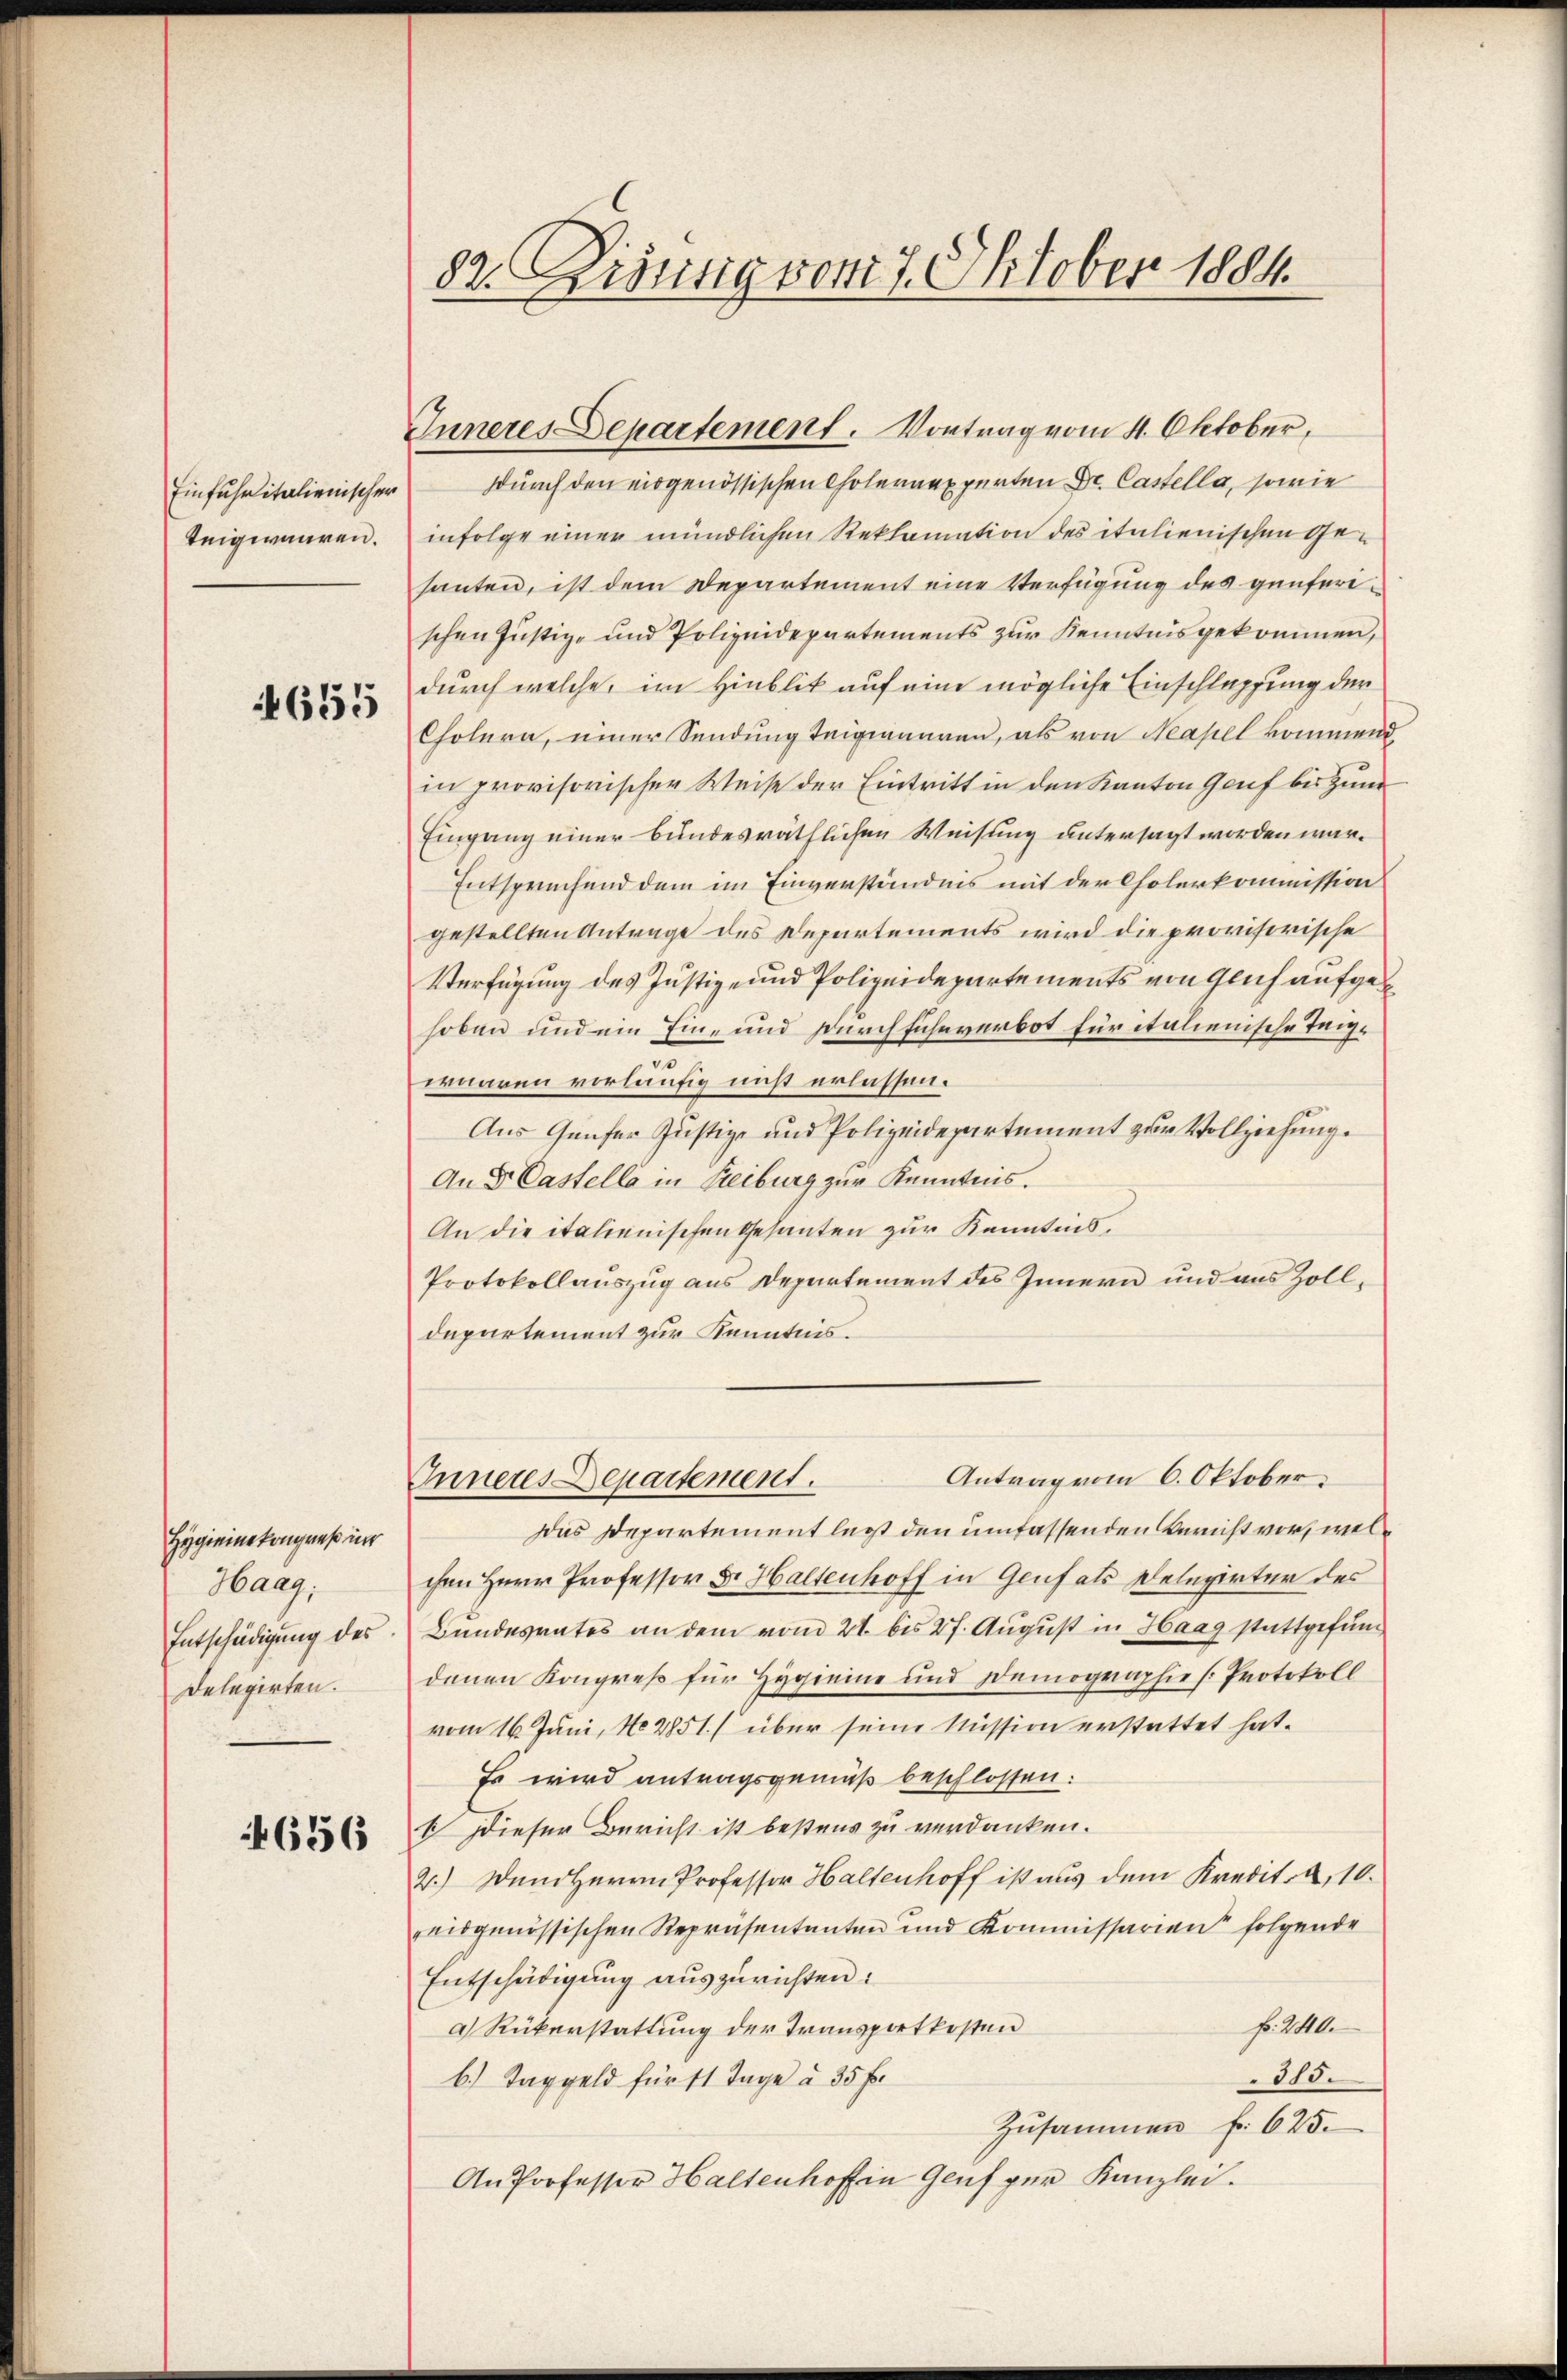
Einfuhritalienischer
Teigwaaren.

1655

Hygieine kongreß und
Haag,
Entschädigung des
Delegirten.

4656

82. innig vom 7. Oktober 1884.

Inneres Departement. Vortrag vom 4. Oktober,
durch den eidgenössischen Choleraexperten Dr. Castella, sowie
infolge einer mündlichen Reklamation des italienischen Gesanten, ist dem Departement eine Verfügung des günferischen Justiz- und Polizeidepartements zur Kenntnis gekommen,
durch welche, im Hinblik auf eine mögliche Einschlagung der
Cholera, einer Sendung Teiginären, als von Neapel kommen.
in provisorischer Weise der Eintritt in den Kanton Genf bis zum
Eingang einer bundesräthlichen Weisung untersagt worden war.
Entsprechend dem im Einverständnis mit der Cholerkommission
gestellten Antrage des Departements wird die provisorische
Verfügung des Justiz- und Polizeidepartements von glich aufgehoben und ein Ein- und Durchfuhrverbot für italienische Teigerneren vorläufig nicht erlassen.
Aus Günfer Justiz- und Polizeidepartement zur Vollziehung.
An Dr Castella in Freiburg zur Kenntnis.
An die italienischen Gesanten zur Kenntnis,
Protokollauszug aus Departement des Innern und aus Zolldepartement zur Kenntnis.
Antrag vom 6. Oktober.
Inneres Departement.
Das Departement legt den umfassenden Bericht vor, welchen Herr Professor Dr. Haltenhoff in Genf als Delegirter des
Bundesrates an dem vom 21. bis 27. August in Haag stattgefund
denen Kongreß für Hygieine und Demographie [Protokoll
vom 16. Juni, No 2851. / über seine Mission erstattet hat.
Es wird antragsgemäß beschlossen:
1 Dieser Bericht ist bestens zu verdanken.
2.) Dem Herrn Professor Haltenhoff ist aus dem Kredit. a, 10.
reisgenössischen Repräsentanten und Kommissarien folgende
Entschädigung auszurichten.
No. 200.
a Rükerstattung der Transportkosten
315.
b.) Taggeld für 14 Tage u. 35 f.
Zusammen f. 625.
An Professor Haltenhoffen Genf per Kanzlei.